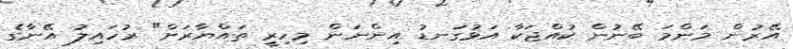
އޭރުން މަންމަ ބޭނުން ކުއްޖަކާ އަޅުގަނޑު އިންނަން މިހިރީ ތައްޔާރަށް" ރުހައިލު އޭނާގެ